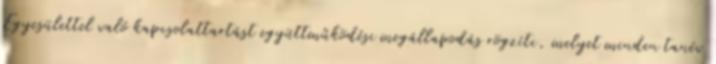
Egyesülettel való kapcsolattartást együttműködési megállapodás rögzíti, melyet minden tanév